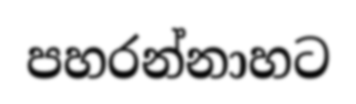
පහරන්නාහට